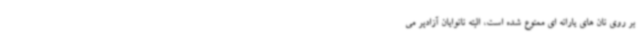
بر روی نان های یارانه ای ممنوع شده است، البته نانوایان آزادپر می